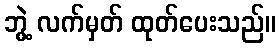
ဘွဲ့ လက်မှတ် ထုတ်ပေးသည်။